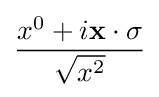
{\frac {x^{0}+i\mathbf {x} \cdot \mathbf {\sigma } }{\sqrt {x^{2}}}}